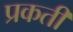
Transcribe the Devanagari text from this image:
प्रकती